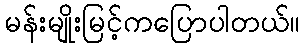
မန်းမျိုးမြင့်ကပြောပါတယ်။